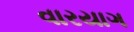
વારયાગ